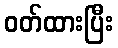
ဝတ်ထားပြီး